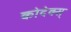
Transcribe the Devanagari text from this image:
कोदेक्स्